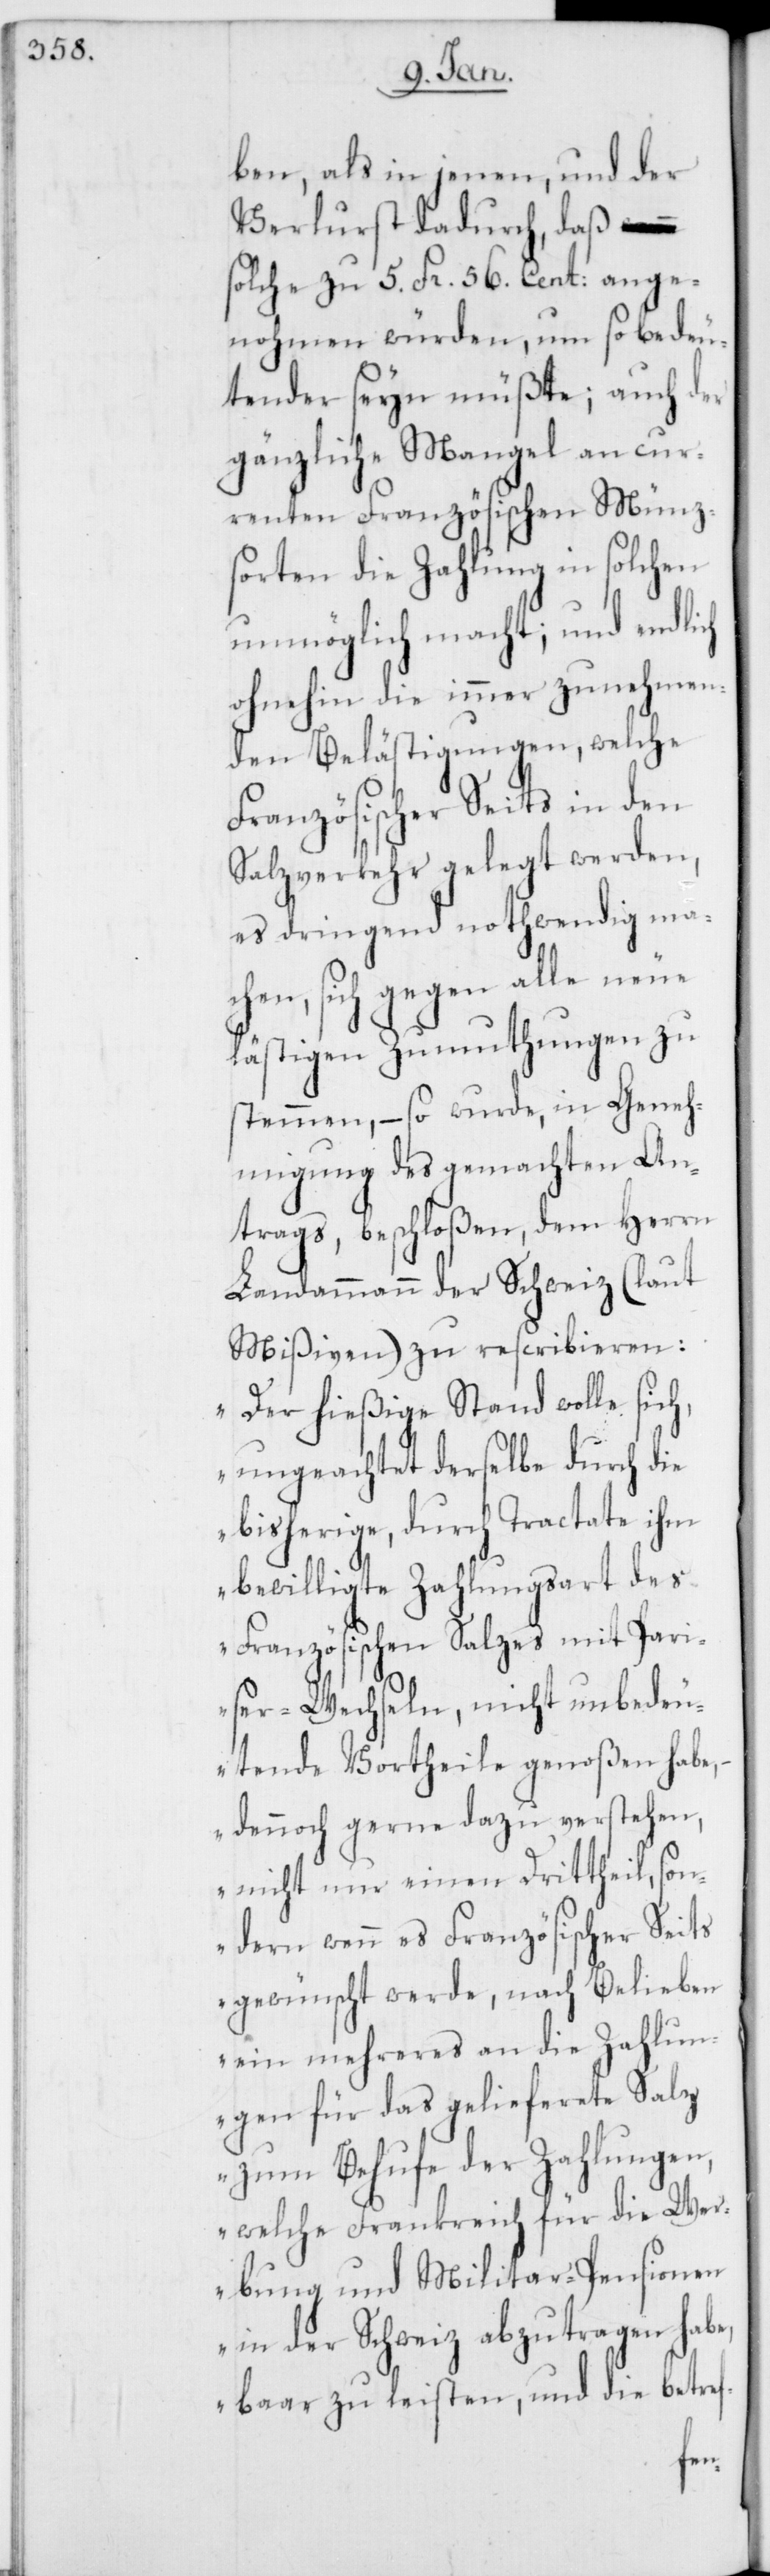
als in jenen, und der
Verlust dadurch, daß
solche zu 5. Fr. 56. Cent: ange¬
nohmen würden, um so bedeu¬
tender seyn müßte; auch der
gänzliche Mangel an cur¬
renten Französischen Münz¬
sorten die Zahlung in solchen
unmöglich macht; und endlich
ohnehin die immer zunehmen¬
den Belästigungen, welche
Französischer Seits in den
Salzverkehr gelegt werden,
es dringend nothwendig ma¬
chen, sich gegen alle neue
lästigen Zumuthungen zu
stemmen, – so wurde, in Geneh¬
migung des gemachten An¬
trags, beschloßen, dem Herrn
Landammann der Schweiz (laut
Mißiven) zu rescribieren:
„Der hießige Stand wolle sich,
ungeachtet derselbe durch die
bisherige, durch Tractate ihm
bewilligte Zahlungsart des
Französischen Salzes mit Pari¬
ser-Wechseln, nicht unbedeu¬
tende Vortheile genoßen habe, –
dennoch gerne dazu verstehen,
nicht nur einen Drittheil, son¬
dern wenn es Französischer Seits
gewünscht werde, nach Belieben
ein mehreres an die Zahlun¬
gen für das gelieferete Salz
zum Behufe der Zahlungen,
welche Frankreich für die Wer¬
bung und Militar-Pensionen
in der Schweiz abzutragen habe,
baar zu leisten, und die betref-
ben